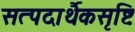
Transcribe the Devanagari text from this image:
सत्पदार्थैकसृष्टिः